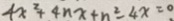
4 x ^ { 2 } + 4 n x + n ^ { 2 } - 4 x = 0